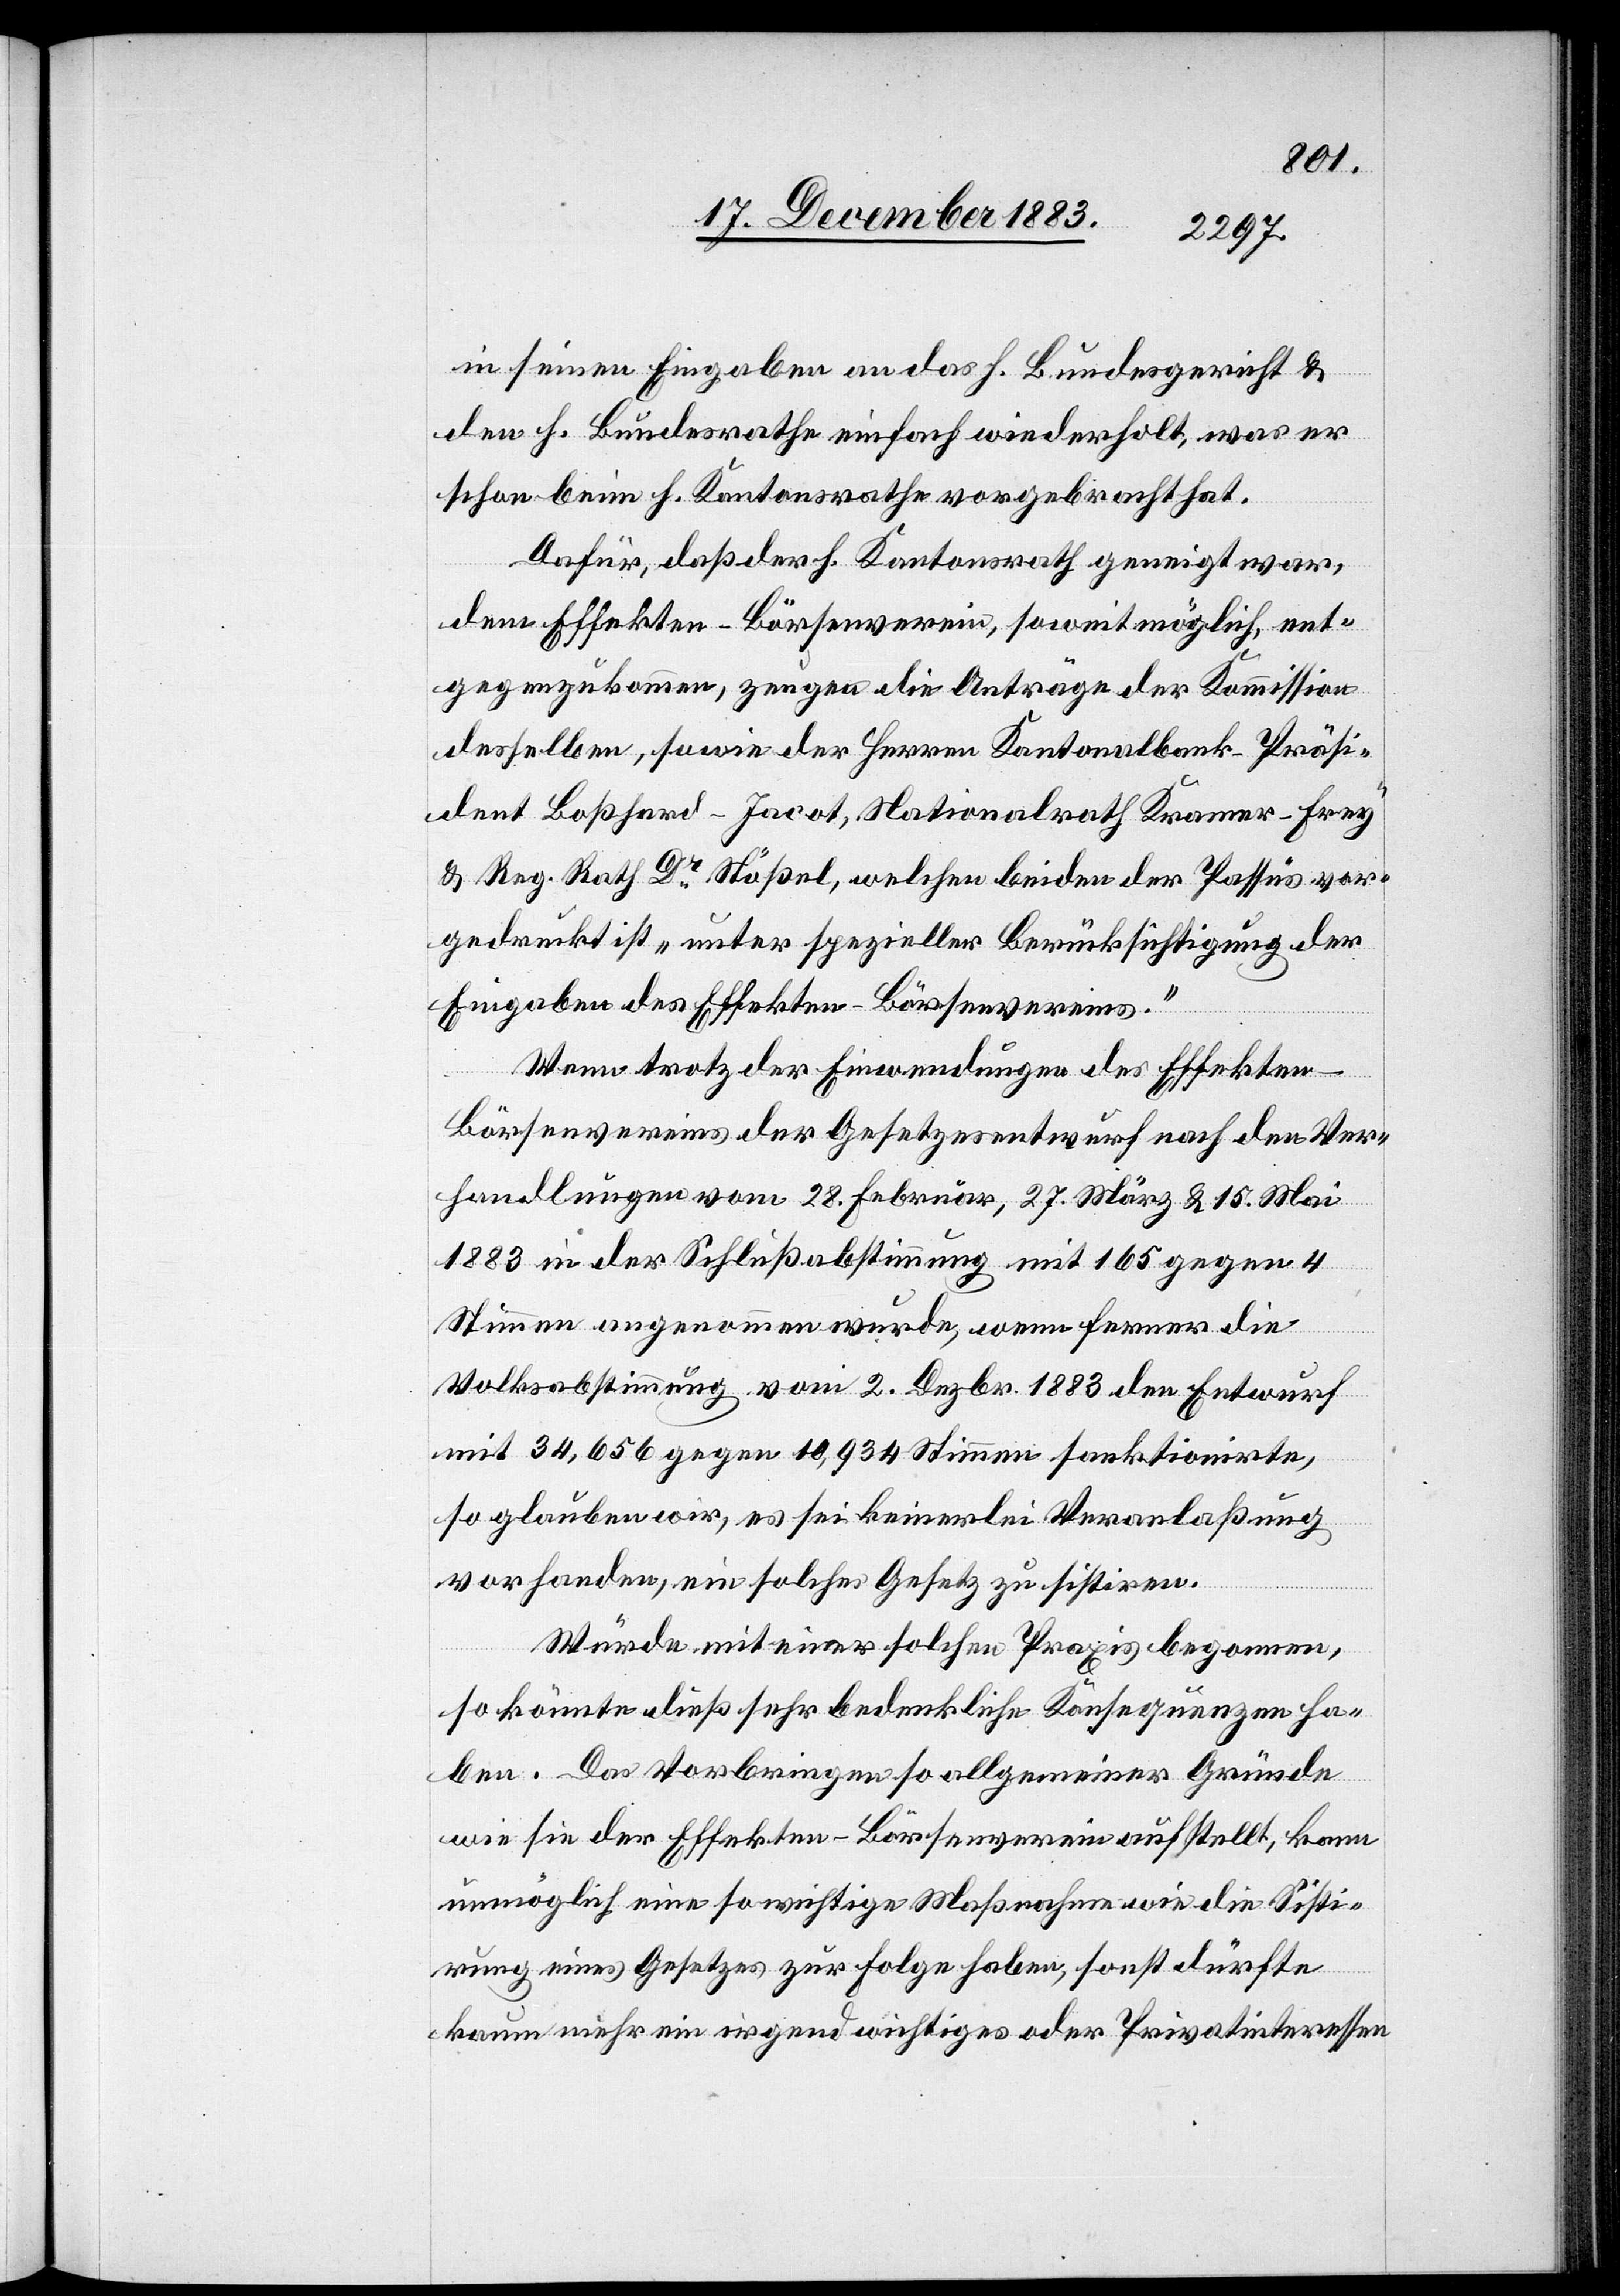
in seinen Eingaben an das h. Bundesgericht &
den h. Bundesrathe einfach wiederholt, was er
schon beim h. Kantonsrathe vorgebracht hat.
Dafür, daß der h. Kantonsrath geneigt war,
dem Effekten-Börsenverein, soweit möglich, ent¬
gegenzukommen, zeugen die Anträge der Kommission
desselben, sowie der Herren Kantonalbank-Präsi¬
dent Boßhard-Jacot, Nationalrath Kramer-Frey
& Reg. Rath Dr Stößel, welchen beiden der Passus vor¬
gedruckt ist „unter spezieller Berücksichtigung der
Eingaben des Effekten-Börsenvereins.“
Wenn trotz der Einwendungen des Effekten-B¬
örsenvereins der Gesetzesentwurf nach den Ver¬
handlungen vom 28. Februar, 27. März & 15. Mai
1883 in der Schlußabstimmung mit 165 gegen 4
Stimmen angenommen wurde, wenn ferner die
Volksabstimmung vom 2. Dezbr. 1883 den Entwurf
mit 34,656 gegen 10,934 Stimmen sanktionirte,
so glauben wir, es sei keinerlei Veranlaßung
vorhanden, ein solches Gesetz zu sistiren.
Würde mit einer solchen Praxis begonnen,
so könnte dieß sehr bedenkliche Konsequenzen ha¬
ben. Das Vorbringen so allgemeiner Gründe
wie sie der Effekten-Börsenverein aufstellt, kann
unmöglich eine so wichtige Maßnahme wie die Sisti¬
rung eines Gesetzes zur Folge haben, sonst dürfte
kaum mehr ein irgend wichtiges oder Privatinteressen